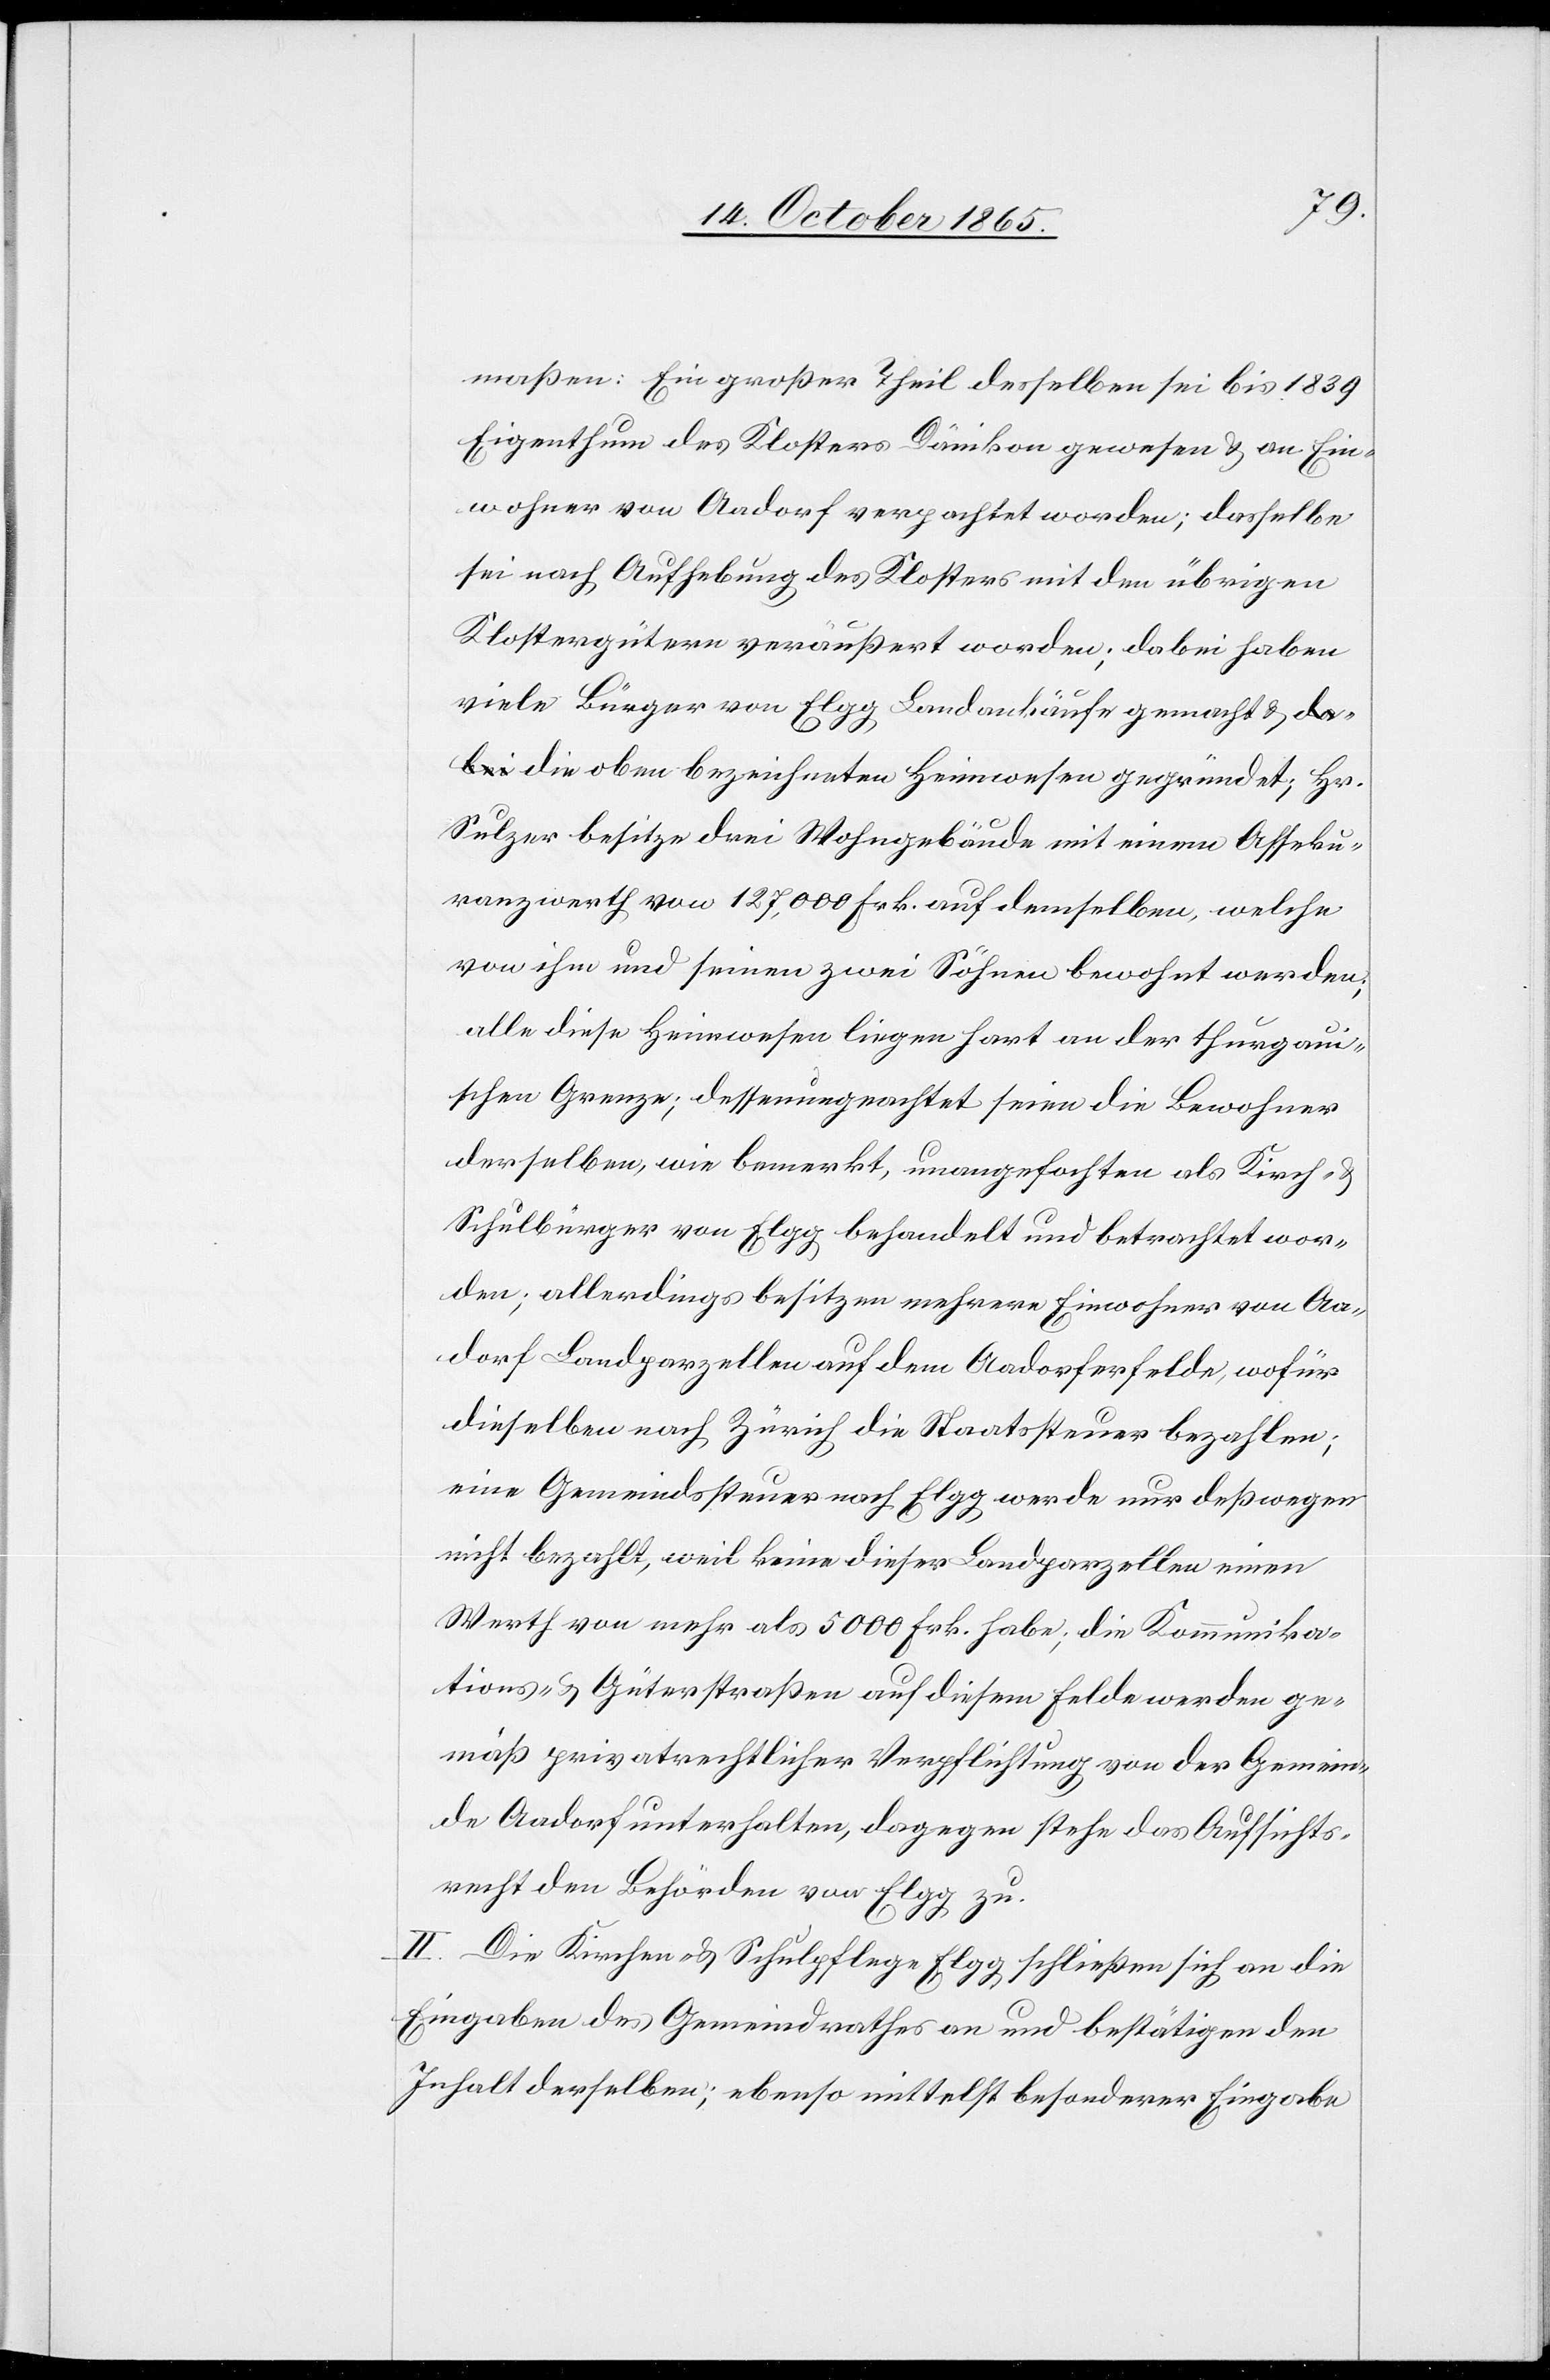
maßen: Ein großer Theil desselben sei bis 1839
Eigenthum des Klosters Dänikon gewesen & an Ein¬
wohner von Aadorf verpachtet worden; dasselbe
sei nach Aufhebung des Klosters mit den übrigen
Klostergütern veräußert worden; dabei haben
viele Bürger von Elgg Landankäufe gemacht & d¬
ie oben bezeichneten Heimwesen gegründet; Hr.
Sulzer besitze drei Wohngebäude mit einem Asseku¬
ranzwerth von 127,000 Frk. auf demselben, welche
von ihm und seinen zwei Söhnen bewohnt werden;
alle diese Heimwesen liegen hart an der thurgaui¬
schen Grenze; dessenungeachtet seien die Bewohner
derselben, wie bemerkt, unangefochten als Kirch- &
Schulbürger von Elgg behandelt und betrachtet wor¬
den; allerdings besitzen mehrere Einwohner von Aa¬
dorf Landparzellen auf dem Aadorferfelde, wofür
dieselben nach Zürich die Staatssteuer bezahlen;
eine Gemeindssteuer nach Elgg werde nur deßwegen
nicht bezahlt, weil keine dieser Landparzellen einen
Werth von mehr als 5000 Frk. habe; die Kommunika¬
tions- & Güterstraßen auf diesem Felde werden ge¬
mäß privatrechtlicher Verpflichtung von der Gemein¬
de Aadorf unterhalten, dagegen stehe das Aufsichts¬
recht den Behörden von Elgg zu.
II. Die Kirchen- & Schulpflege Elgg schließen sich an die
Eingaben des Gemeindrathes an und bestätigen den
Inhalt derselben; ebenso mittelst besonderer Eingabe